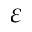
\varepsilon